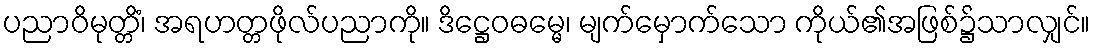
ပညာဝိမုတ္တိံ၊ အရဟတ္တဖိုလ်ပညာကို။ ဒိဋ္ဌေဝဓမ္မေ၊ မျက်မှောက်သော ကိုယ်၏အဖြစ်၌သာလျှင်။